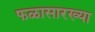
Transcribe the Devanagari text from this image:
फळासारख्या